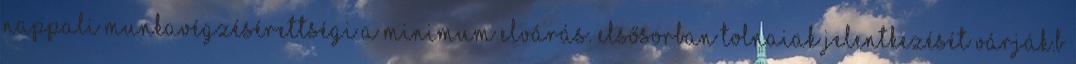
nappali munkavégzésÉrettségi a minimum elvárás. Elsősorban tolnaiak jelentkezését várják.B